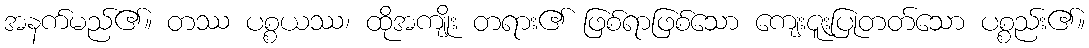
အနက်မည်၏။ တဿ ပစ္စယဿ၊ ထိုအကျိုး တရား၏ ဖြစ်ရာဖြစ်သော ကျေးဇူးပြုတတ်သော ပစ္စည်း၏။